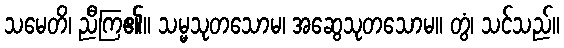
သမေတိ၊ ညီကြ၏။ သမ္မသုတသောမ၊ အဆွေသုတသောမ။ တွံ၊ သင်သည်။